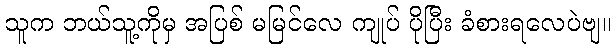
သူက ဘယ်သူ့ကိုမှ အပြစ် မမြင်လေ ကျုပ် ပိုပြီး ခံစားရလေပဲဗျ။